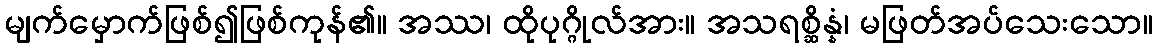
မျက်မှောက်ဖြစ်၍ဖြစ်ကုန်၏။ အဿ၊ ထိုပုဂ္ဂိုလ်အား။ အသရစ္ဆိန္နံ၊ မဖြတ်အပ်သေးသော။